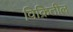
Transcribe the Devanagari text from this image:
विक्रितील